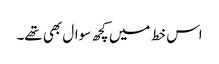
اس خط میں کچھ سوال بھی تھے۔